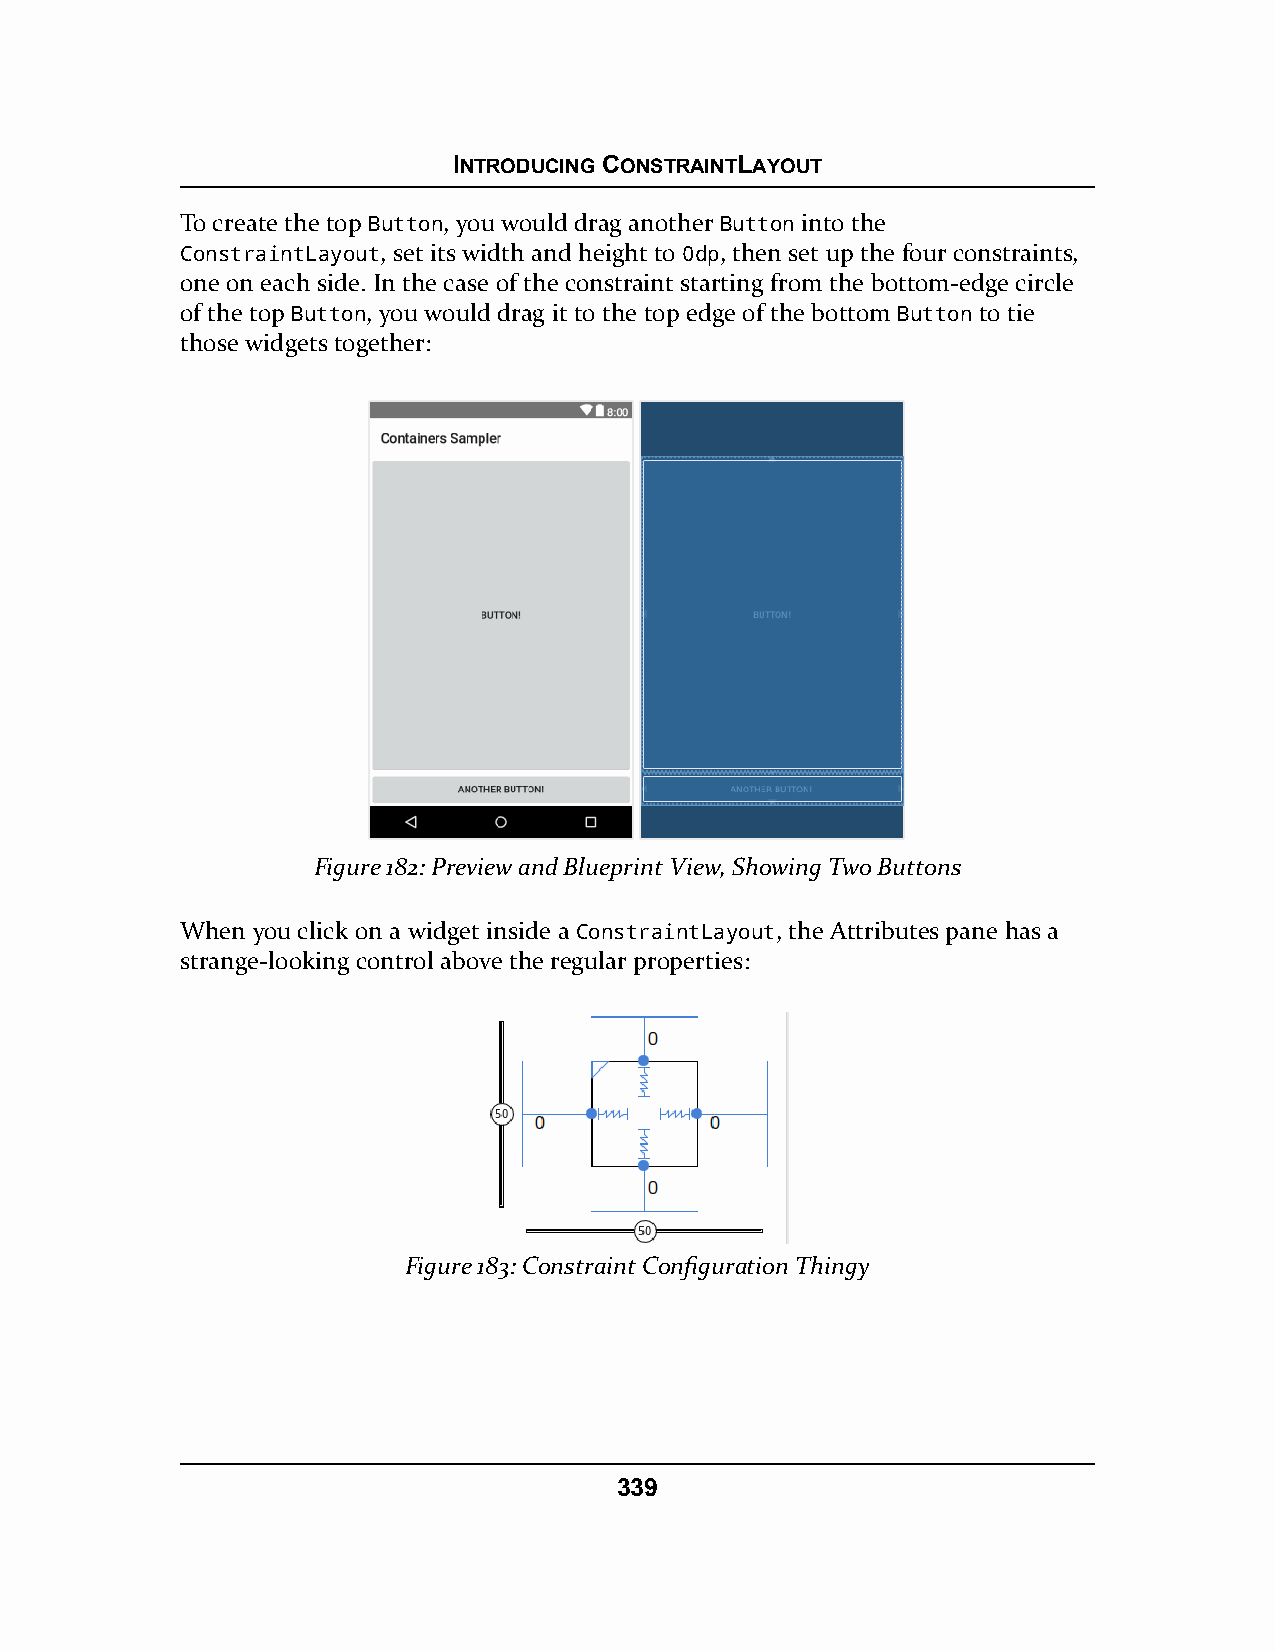
INTRODUCING CONSTRAINTLAYOUT
 To create the top Button, you would drag another Button into the
 ConstraintLayout, set its width and height to 0dp, then set up the four constraints,
 one on each side. In the case of the constraint starting from the bottom-edge circle
 of the top Button, you would drag it to the top edge of the bottom Button to tie
 those widgets together:
 Figure 182: Preview and Blueprint View, Showing Two Buttons
 When you click on a widget inside a ConstraintLayout, the Attributes pane has a
 strange-looking control above the regular properties:
 Figure 183: Constraint Configuration Thingy
 339